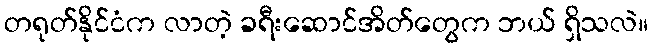
တရုတ်နိုင်ငံက လာတဲ့ ခရီးဆောင်အိတ်တွေက ဘယ် ရှိသလဲ။